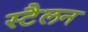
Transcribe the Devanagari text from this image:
स्टैलन